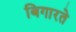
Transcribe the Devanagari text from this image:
बिगारते